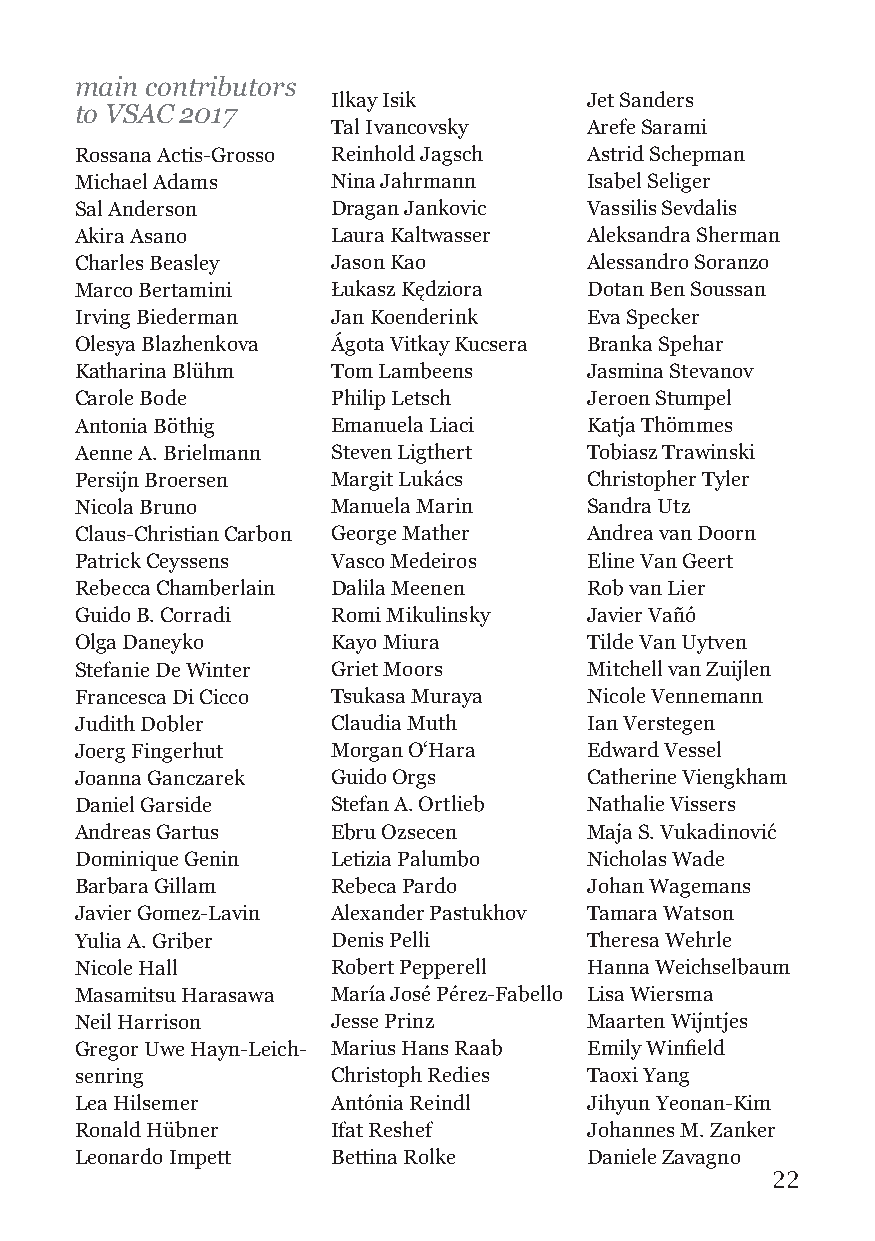
main contributors
 Ilkay Isik       Jet Sanders
 to VSAC 2017
 Tal Ivancovsky   Arefe Sarami
 Rossana Actis-Grosso Reinhold Jagsch Astrid Schepman
 Michael Adams    Nina Jahrmann    Isabel Seliger
 Sal Anderson     Dragan Jankovic  Vassilis Sevdalis
 Akira Asano      Laura Kaltwasser Aleksandra Sherman
 Charles Beasley  Jason Kao        Alessandro Soranzo
 Marco Bertamini  Łukasz Kędziora  Dotan Ben Soussan
 Irving Biederman Jan Koenderink   Eva Specker
 Olesya Blazhenkova Ágota Vitkay Kucsera Branka Spehar
 Katharina Blühm  Tom Lambeens     Jasmina Stevanov
 Carole Bode      Philip Letsch    Jeroen Stumpel
 Antonia Böthig   Emanuela Liaci   Katja Thömmes
 Aenne A. Brielmann Steven Ligthert Tobiasz Trawinski
 Persijn Broersen Margit Lukács    Christopher Tyler
 Nicola Bruno     Manuela Marin    Sandra Utz
 Claus-Christian Carbon George Mather Andrea van Doorn
 Patrick Ceyssens Vasco Medeiros   Eline Van Geert
 Rebecca Chamberlain Dalila Meenen Rob van Lier
 Guido B. Corradi Romi Mikulinsky  Javier Vañó
 Olga Daneyko     Kayo Miura       Tilde Van Uytven
 Stefanie De Winter Griet Moors    Mitchell van Zuijlen
 Francesca Di Cicco Tsukasa Muraya Nicole Vennemann
 Judith Dobler    Claudia Muth     Ian Verstegen
 Joerg Fingerhut  Morgan O‘Hara    Edward Vessel
 Joanna Ganczarek Guido Orgs       Catherine Viengkham
 Daniel Garside   Stefan A. Ortlieb Nathalie Vissers
 Andreas Gartus   Ebru Ozsecen     Maja S. Vukadinović
 Dominique Genin  Letizia Palumbo  Nicholas Wade
 Barbara Gillam   Rebeca Pardo     Johan Wagemans
 Javier Gomez-Lavin Alexander Pastukhov Tamara Watson
 Yulia A. Griber  Denis Pelli      Theresa Wehrle
 Nicole Hall      Robert Pepperell Hanna Weichselbaum
 Masamitsu Harasawa María José Pérez-Fabello Lisa Wiersma
 Neil Harrison    Jesse Prinz      Maarten Wijntjes
 Gregor Uwe Hayn-Leich- Marius Hans Raab Emily Winfield
 senring          Christoph Redies Taoxi Yang
 Lea Hilsemer     Antónia Reindl   Jihyun Yeonan-Kim
 Ronald Hübner    Ifat Reshef      Johannes M. Zanker
 Leonardo Impett  Bettina Rolke    Daniele Zavagno
 22